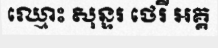
ឈ្មោះ សុន្ទរ ថេរី អគ្គ